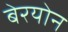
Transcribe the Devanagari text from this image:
बेरयोन